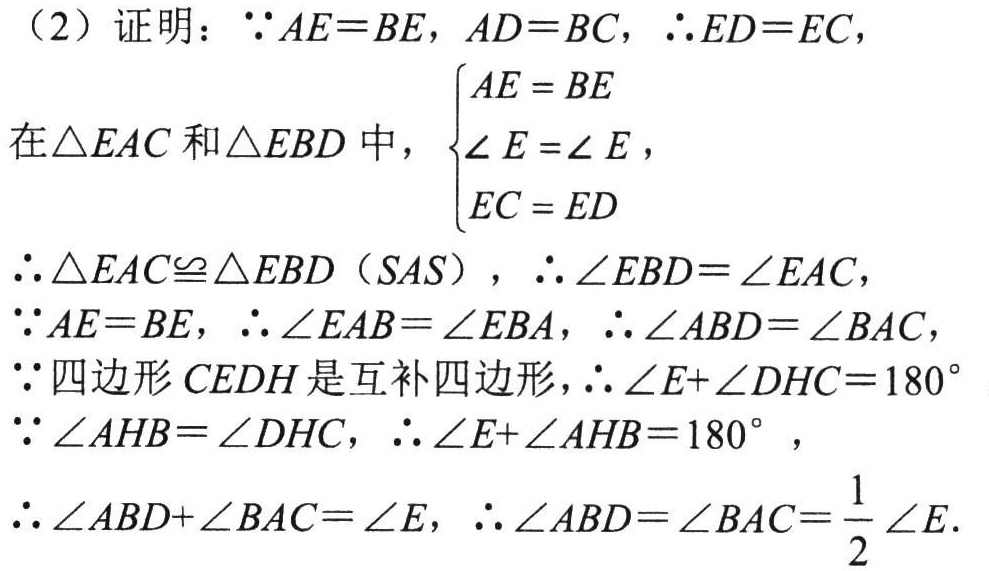
（2）证明：$\because AE = BE$，$AD = BC$，$\therefore ED = EC$，
在$\triangle EAC$和$\triangle EBD$中，$\begin{cases}AE = BE\\\angle E=\angle E\\EC = ED\end{cases}$，
$\therefore \triangle EAC\cong\triangle EBD$（$SAS$），$\therefore \angle EBD=\angle EAC$，
$\because AE = BE$，$\therefore \angle EAB=\angle EBA$，$\therefore \angle ABD=\angle BAC$，
$\because$四边形$CEDH$是互补四边形，$\therefore \angle E+\angle DHC = 180^{\circ}$
$\because \angle AHB=\angle DHC$，$\therefore \angle E+\angle AHB = 180^{\circ}$，
$\therefore \angle ABD+\angle BAC=\angle E$，$\therefore \angle ABD=\angle BAC=\dfrac{1}{2}\angle E$.